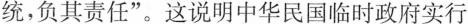
统，负其责任”。这说明中华民国临时政府实行